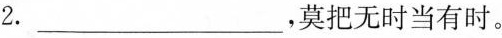
2.___，莫把无时当有时。